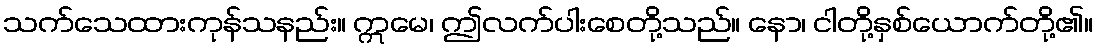
သက်သေထားကုန်သနည်း။ ဣမေ၊ ဤလက်ပါးစေတို့သည်။ နော၊ ငါတို့နှစ်ယောက်တို့၏။